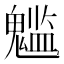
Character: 𩴌